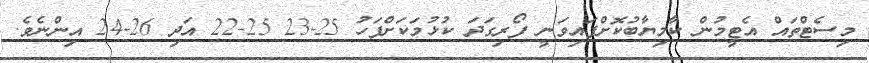
މިސެޓްތައް އެޓީމުން ކާމިޔާބުކޮށްފައިވަނީ ފޯރިގަދަ ކުޅުމަކަށްފަހު 25-23 25-22 އަދި 26-24 އިންނެވެ.